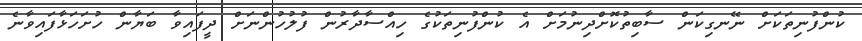
ކުންފުނިތަކަށް ނޭނގިކަން ސާބިތުކޮށްދިނުމަށް އެ ކުންފުނިތަކުގެ ހިއްސާދާރުން ފުލުހުންނަށް ދީފައިވާ ބަޔާން ހުށަހަޅާފައިވާނެ